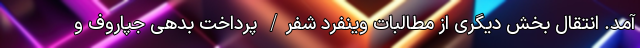
آمد. انتقال بخش دیگری از مطالبات وینفرد شفر/ پرداخت بدهی جپاروف و